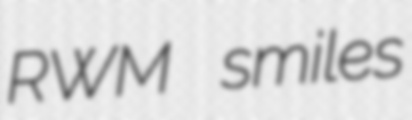
RWM smiles